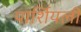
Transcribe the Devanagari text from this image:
पार्शियली